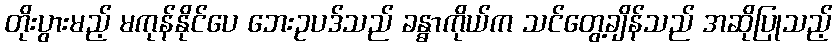
တိုးပွားမည့် မကုန်နိုင်ပေ ဘေးဥပဒ်သည် ခန္ဓာကိုယ်က သင်တွေ့ချိန်သည် အဆိုပြုသည့်